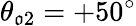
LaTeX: \theta_{\mathfrak{o}2}=+50^{\circ}